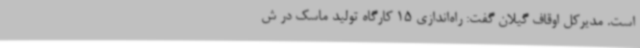
است. مدیرکل اوقاف گیلان گفت: راه‌اندازی 15 کارگاه تولید ماسک در ش